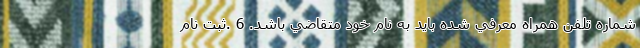
شماره تلفن همراه معرفي شده بايد به نام خود متقاضي باشد. 6 .ثبت نام